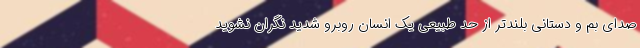
صدای بم و دستانی بلندتر از حد طبیعی یک انسان روبرو شدید نگران نشوید